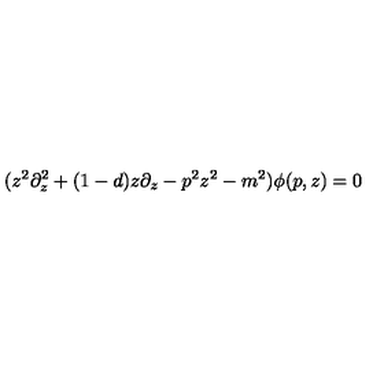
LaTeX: ( z ^ { 2 } \partial _ { z } ^ { 2 } + ( 1 - d ) z \partial _ { z } - p ^ { 2 } z ^ { 2 } - m ^ { 2 } ) \phi ( p , z ) = 0